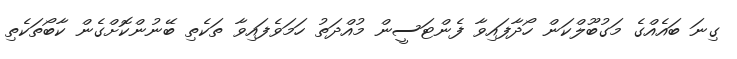
ގިނަ ބައެއްގެ މަގުބޫލްކަން ހޯދާފައިވާ ފެންޓަސީން މުއްދަތު ހަމަވެފައިވާ ތަކެތި ބޭނުންކޮށްގެން ކާބޯތަކެތި